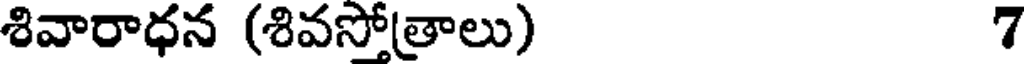
శివారాధన (శివసోత్రాలు) 7